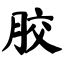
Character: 胶